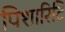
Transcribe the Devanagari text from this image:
पिशारिटि